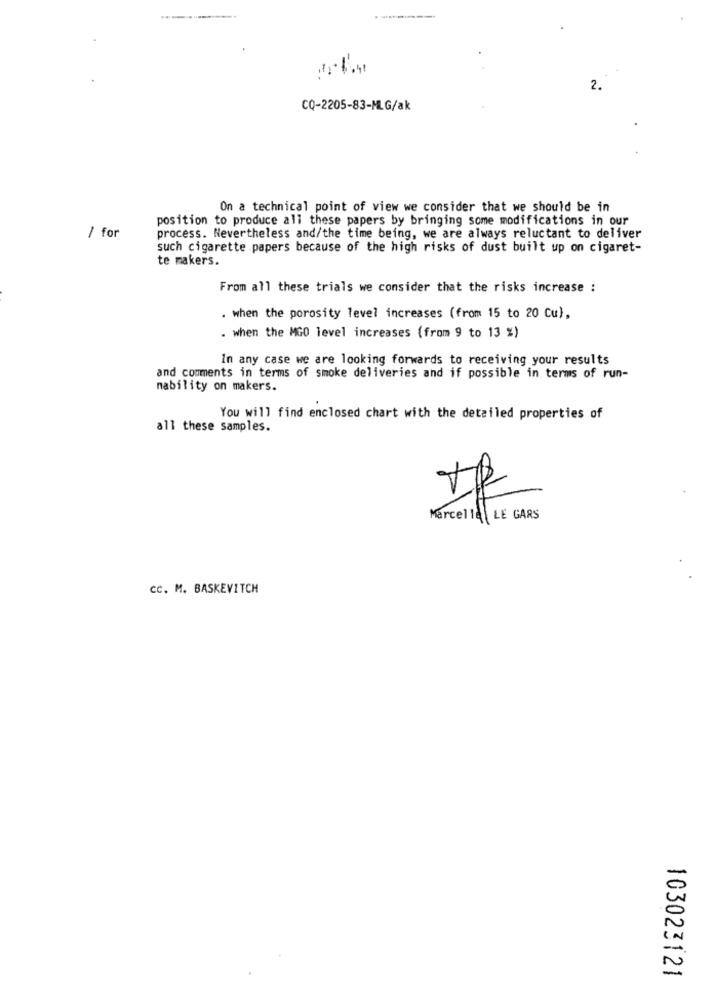
......... ---.
2.
CQ-2205-83-MLG/ak
On a technical point of view we consider that we should be in
position to produce all these papers by bringing some modifications in our
/ for
process. Nevertheless and/the time being, we are always reluctant to deliver
such cigarette papers because of the high risks of dust built up on cigaret-
te makers.
From all these trials we consider that the risks increase :
. when the porosity level increases (from 15 to 20 Cu),
. when the MGO level increases (from 9 to 13 %)
In any case we are looking forwards to receiving your results
and comments in terms of smoke deliveries and if possible in terms of run-
nability on makers.
You will find enclosed chart with the detailed properties of
all these samples.
Marcella LE GARS
cc. M. BASKEVITCH
103023121